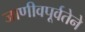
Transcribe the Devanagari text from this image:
जाणीवपूर्वतेने